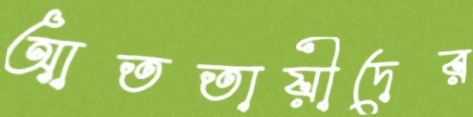
আততায়ীদের